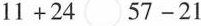
$$1 1 + 2 4 \circ 5 7 - 2 1$$